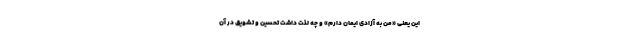
این یعنی «من به آزادی ایمان دارم» و چه لذت داشت تحسین و تشویق در آن